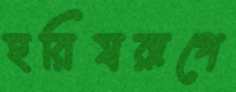
হরিষরূপে